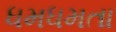
ધમધમતા